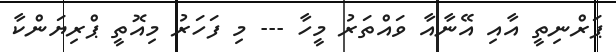
ޕަރްނިތީ އާއި އޭނާއާ ވައްތަރު މީހާ --- މި ފަހަރު މިއޮތީ ޕްރިޔަންކާ